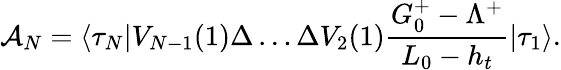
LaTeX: {\cal A}_{N}=\langle\tau_{N}|V_{N-1}(1)\Delta\ldots\Delta V_{2}(1){\frac{G_{0}^{+}-\Lambda^{+}}{L_{0}-h_{t}}}|\tau_{1}\rangle.